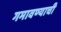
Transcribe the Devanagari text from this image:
गमावण्याची